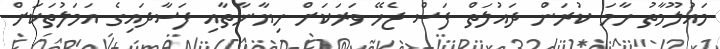
މައުލޫމާތު ހާމަ ކުރަން ދައުލަތް ފަސް ޖެހޭ ވަރަކަށް ހިޔާނާތާއި ފަސާދައިގެ އަމަލުތަކަށް